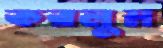
করলুম